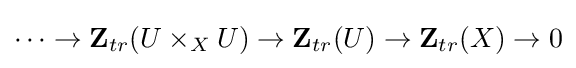
\cdots \to \mathbf {Z} _{tr}(U\times _{X}U)\to \mathbf {Z} _{tr}(U)\to \mathbf {Z} _{tr}(X)\to 0